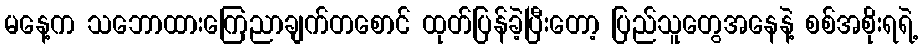
မနေ့က သဘောထားကြေညာချက်တစောင် ထုတ်ပြန်ခဲ့ပြီးတော့ ပြည်သူတွေအနေနဲ့ စစ်အစိုးရရဲ့